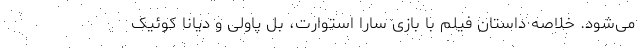
می‌شود. خلاصه داستان فیلم با بازی سارا استوارت، بل پاولی و دیانا کوئیک